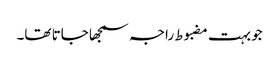
جو بہت مضبوط راجہ سمجھا جاتا تھا۔